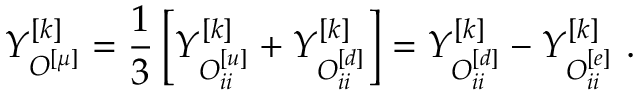
Y _ { { \cal O } _ { } ^ { [ \mu ] } } ^ { [ k ] } = { \frac { 1 } { 3 } } \left[ Y _ { { \cal O } _ { i i } ^ { [ u ] } } ^ { [ k ] } + Y _ { { \cal O } _ { i i } ^ { [ d ] } } ^ { [ k ] } \right] = Y _ { { \cal O } _ { i i } ^ { [ d ] } } ^ { [ k ] } - Y _ { { \cal O } _ { i i } ^ { [ e ] } } ^ { [ k ] } \ .